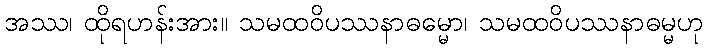
အဿ၊ ထိုရဟန်းအား။ သမထဝိပဿနာဓမ္မော၊ သမထဝိပဿနာဓမ္မဟု